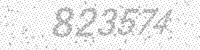
Solution: 823574